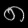
Digit: ၈